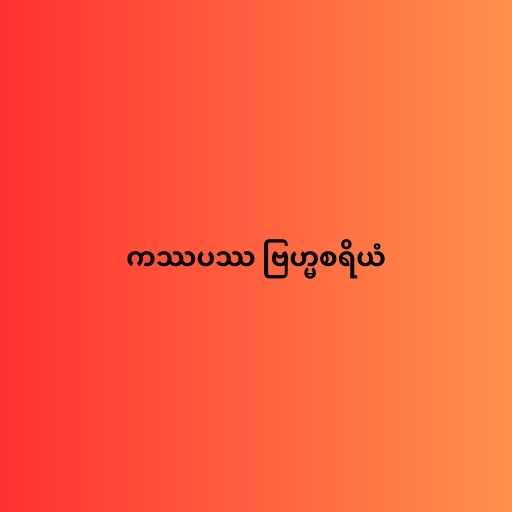
ကဿပဿ ဗြဟ္မစရိယံ